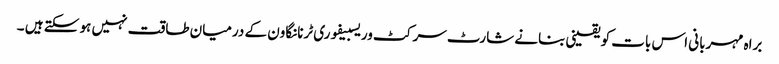
براہ مہربانی اس بات کو یقینی بنانے شارٹ سرکٹ وریسبیفوری ٹرنانگاون کے درمیان طاقت نہیں ہو سکتے ہیں ۔